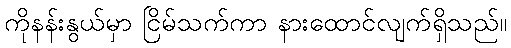
ကိုနန်းနွယ်မှာ ငြိမ်သက်ကာ နားထောင်လျက်ရှိသည်။